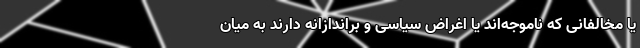
یا مخالفانی که ناموجه‌اند یا اغراض سیاسی و براندازانه دارند به میان